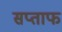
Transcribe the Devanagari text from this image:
सप्ताफ